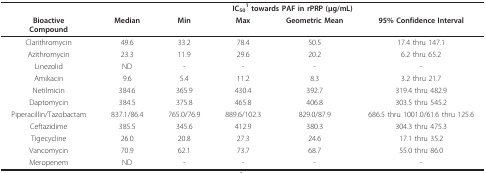
<table><thead><tr><td></td><td colspan="5"><b>IC<sub>50</sub><sup>1 </sup>towards PAF in rPRP (μg/mL)</b></td></tr><tr><td><b>BioactiveCompound</b></td><td><b>Median</b></td><td><b>Min</b></td><td><b>Max</b></td><td><b>Geometric Mean</b></td><td><b>95% Confidence Interval</b></td></tr></thead><tbody><tr><td>Clarithromycin</td><td>49.6</td><td>33.2</td><td>78.4</td><td>50.5</td><td>17.4 thru 147.1</td></tr><tr><td>Azithromycin</td><td>23.3</td><td>11.9</td><td>29.6</td><td>20.2</td><td>6.2 thru 65.2</td></tr><tr><td>Linezolid</td><td>ND</td><td>-</td><td>-</td><td>-</td><td>-</td></tr><tr><td>Amikacin</td><td>9.6</td><td>5.4</td><td>11.2</td><td>8.3</td><td>3.2 thru 21.7</td></tr><tr><td>Netilmicin</td><td>384.6</td><td>365.9</td><td>430.4</td><td>392.7</td><td>319.4 thru 482.9</td></tr><tr><td>Daptomycin</td><td>384.5</td><td>375.8</td><td>465.8</td><td>406.8</td><td>303.5 thru 545.2</td></tr><tr><td>Piperacillin/Tazobactam</td><td>837.1/86.4</td><td>765.0/76.9</td><td>889.6/102.3</td><td>829.0/87.9</td><td>686.5 thru 1001.0/61.6 thru 125.6</td></tr><tr><td>Ceftazidime</td><td>385.5</td><td>345.6</td><td>412.9</td><td>380.3</td><td>304.3 thru 475.3</td></tr><tr><td>Tigecycline</td><td>26.0</td><td>20.8</td><td>27.3</td><td>24.6</td><td>17.1 thru 35.2</td></tr><tr><td>Vancomycin</td><td>70.9</td><td>62.1</td><td>73.7</td><td>68.7</td><td>55.0 thru 86.0</td></tr><tr><td>Meropenem</td><td>ND</td><td>-</td><td>-</td><td>-</td><td>-</td></tr></tbody></table>